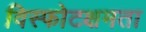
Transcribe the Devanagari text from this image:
विस्फोटक्षमता